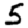
Digit: 5